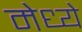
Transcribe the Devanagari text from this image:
मेध्ये